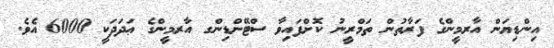
އިންޑިޔަން އާރމީންގެ ފަރާތުން ތަމްރީނު ކޮށްފައިވާ ސްޓޭންޑިންގ އާރމީންގެ ޢަދަދަކީ 6000 އެވެ.